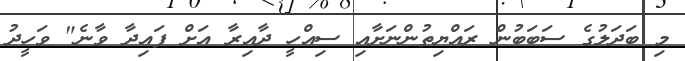
މި ބަދަލުގެ ސަބަބުން ރައްޔިތުންނަށާއި ސިއްހީ ދާއިރާ އަށް ފައިދާ ވާނެ" ވަހީދު